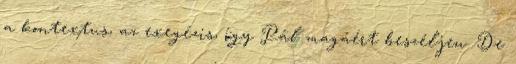
a kontextus, az exegézis, így Pál magáért beszéljen. De